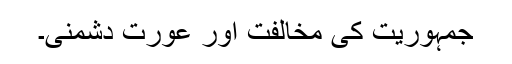
جمہوریت کی مخالفت اور عورت دشمنی۔